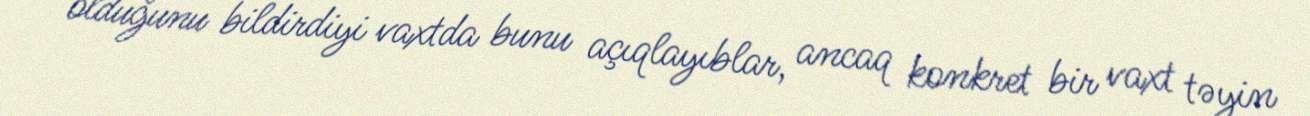
olduğunu bildirdiyi vaxtda bunu açıqlayıblar, ancaq konkret bir vaxt təyin